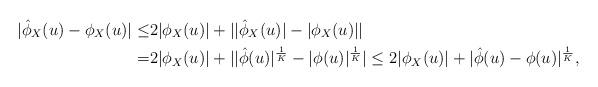
LaTeX: \begin{align*} |\hat{\phi}_X(u) -\phi_X(u) | \leq & 2 |\phi_X(u)| +||\hat{\phi}_X(u)| - |\phi_X(u)|| \\= & 2 |\phi_X(u)| +||\hat{\phi}(u)|^{\frac{1}{K}} - |\phi(u)|^{\frac{1}{K} }| \leq 2 |\phi_X(u)| +|\hat{\phi}(u) -\phi(u)|^{\frac{1}{K} },\end{align*}